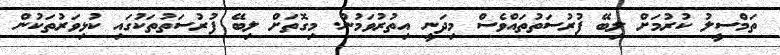
ތަމްސީލު ކުރުމަށް ލިބޭ ފުރުސަތުތައްވެސް މިދަނީ އިތުރުވަމުން. މިގޮތަށް ލިބޭ ފުރުސަތުތަކުގައި ކުޅިވަރުތަކުން